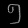
Digit: ၅